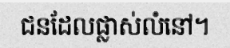
ជនដែលផ្លាស់លំនៅ។